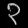
Digit: ၃